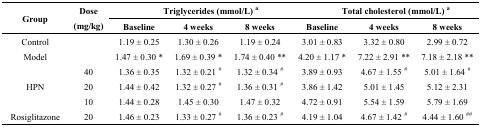
| <ROWSPAN=2> Group | <ROWSPAN=2> Dose (mg/kg) | <COLSPAN=4> Triglycerides (mmol/L) a | <COLSPAN=3> Total cholesterol (mmol/L) a |
 | Baseline | 4 weeks | 8 weeks | <COLSPAN=2> Baseline | 4 weeks | 8 weeks |
 | --- | --- | --- | --- | --- | --- | --- | --- | --- |
 | Control |  | 1.19 ± 0.25 | 1.30 ± 0.26 | 1.19 ± 0.24 | <COLSPAN=2> 3.01 ± 0.83 | 3.32 ± 0.80 | 2.99 ± 0.72 |
 | Model |  | 1.47 ± 0.30 * | 1.69 ± 0.39 * | 1.74 ± 0.40 ** | <COLSPAN=2> 4.20 ± 1.17 * | 7.22 ± 2.91 ** | 7.18 ± 2.18 ** |
 | <ROWSPAN=3> HPN | 40 | 1.36 ± 0.35 | 1.32 ± 0.21 # | 1.32 ± 0.34 # | <COLSPAN=2> 3.89 ± 0.93 | 4.67 ± 1.55 # | 5.01 ± 1.64 # |
 | 20 | 1.44 ± 0.42 | 1.32 ± 0.27 # | 1.36 ± 0.31 # | <COLSPAN=2> 3.86 ± 1.42 | 5.01 ± 1.45 | 5.12 ± 2.31 |
 | 10 | 1.44 ± 0.28 | 1.45 ± 0.30 | 1.47 ± 0.32 | <COLSPAN=2> 4.72 ± 0.91 | 5.54 ± 1.59 | 5.79 ± 1.69 |
 | Rosiglitazone | 20 | 1.46 ± 0.23 | 1.33 ± 0.27 # | 1.36 ± 0.23 # | <COLSPAN=2> 4.19 ± 1.04 | 4.67 ± 1.42 # | 4.44 ± 1.60 ## |